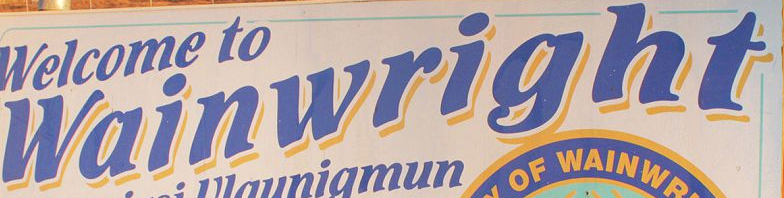
wainwright